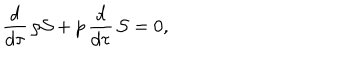
\frac { d } { d \tau } \, \rho { \cal S } + p \, \frac { d } { d \tau } \, { \cal S } = 0 ,